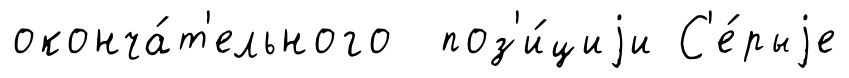
оконча́т'ельного поз'и́циjи С'е́рыjе